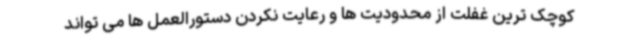
کوچک ترین غفلت از محدودیت ها و رعایت نکردن دستورالعمل ها می تواند